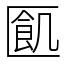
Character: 㔳